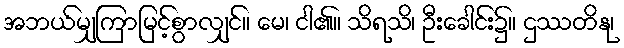
အဘယ်မျှကြာမြင့်စွာလျှင်။ မေ၊ ငါ၏။ သိရသိ၊ ဦးခေါင်း၌။ ဌဿတိနု၊